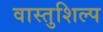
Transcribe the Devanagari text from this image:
वास्‍तुशिल्प